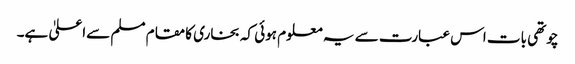
چوتھی بات اس عبارت سے یہ معلوم ہوئی کہ بخاری کا مقام مسلم سےاعلیٰ ہے۔